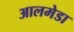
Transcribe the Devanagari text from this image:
आलमेडा